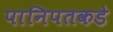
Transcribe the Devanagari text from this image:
पानिपतकडे